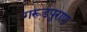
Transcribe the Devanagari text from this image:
गरूडपुराण